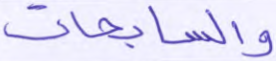
والسابحات